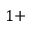
1 +